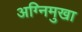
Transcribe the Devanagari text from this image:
अग्निमुखा